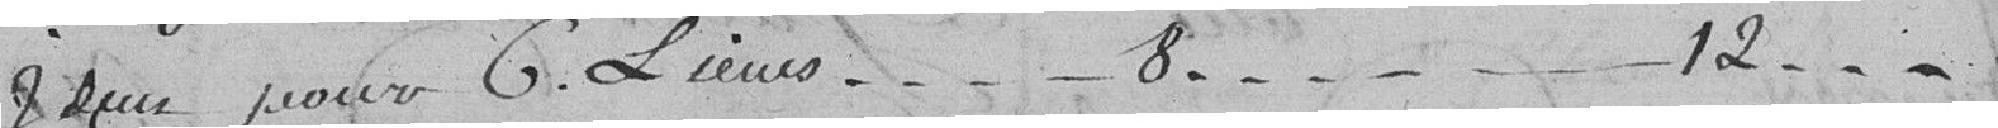
Idem pour 6 lieues....8..........12...